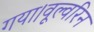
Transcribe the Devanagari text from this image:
गया।वूल्वरिन